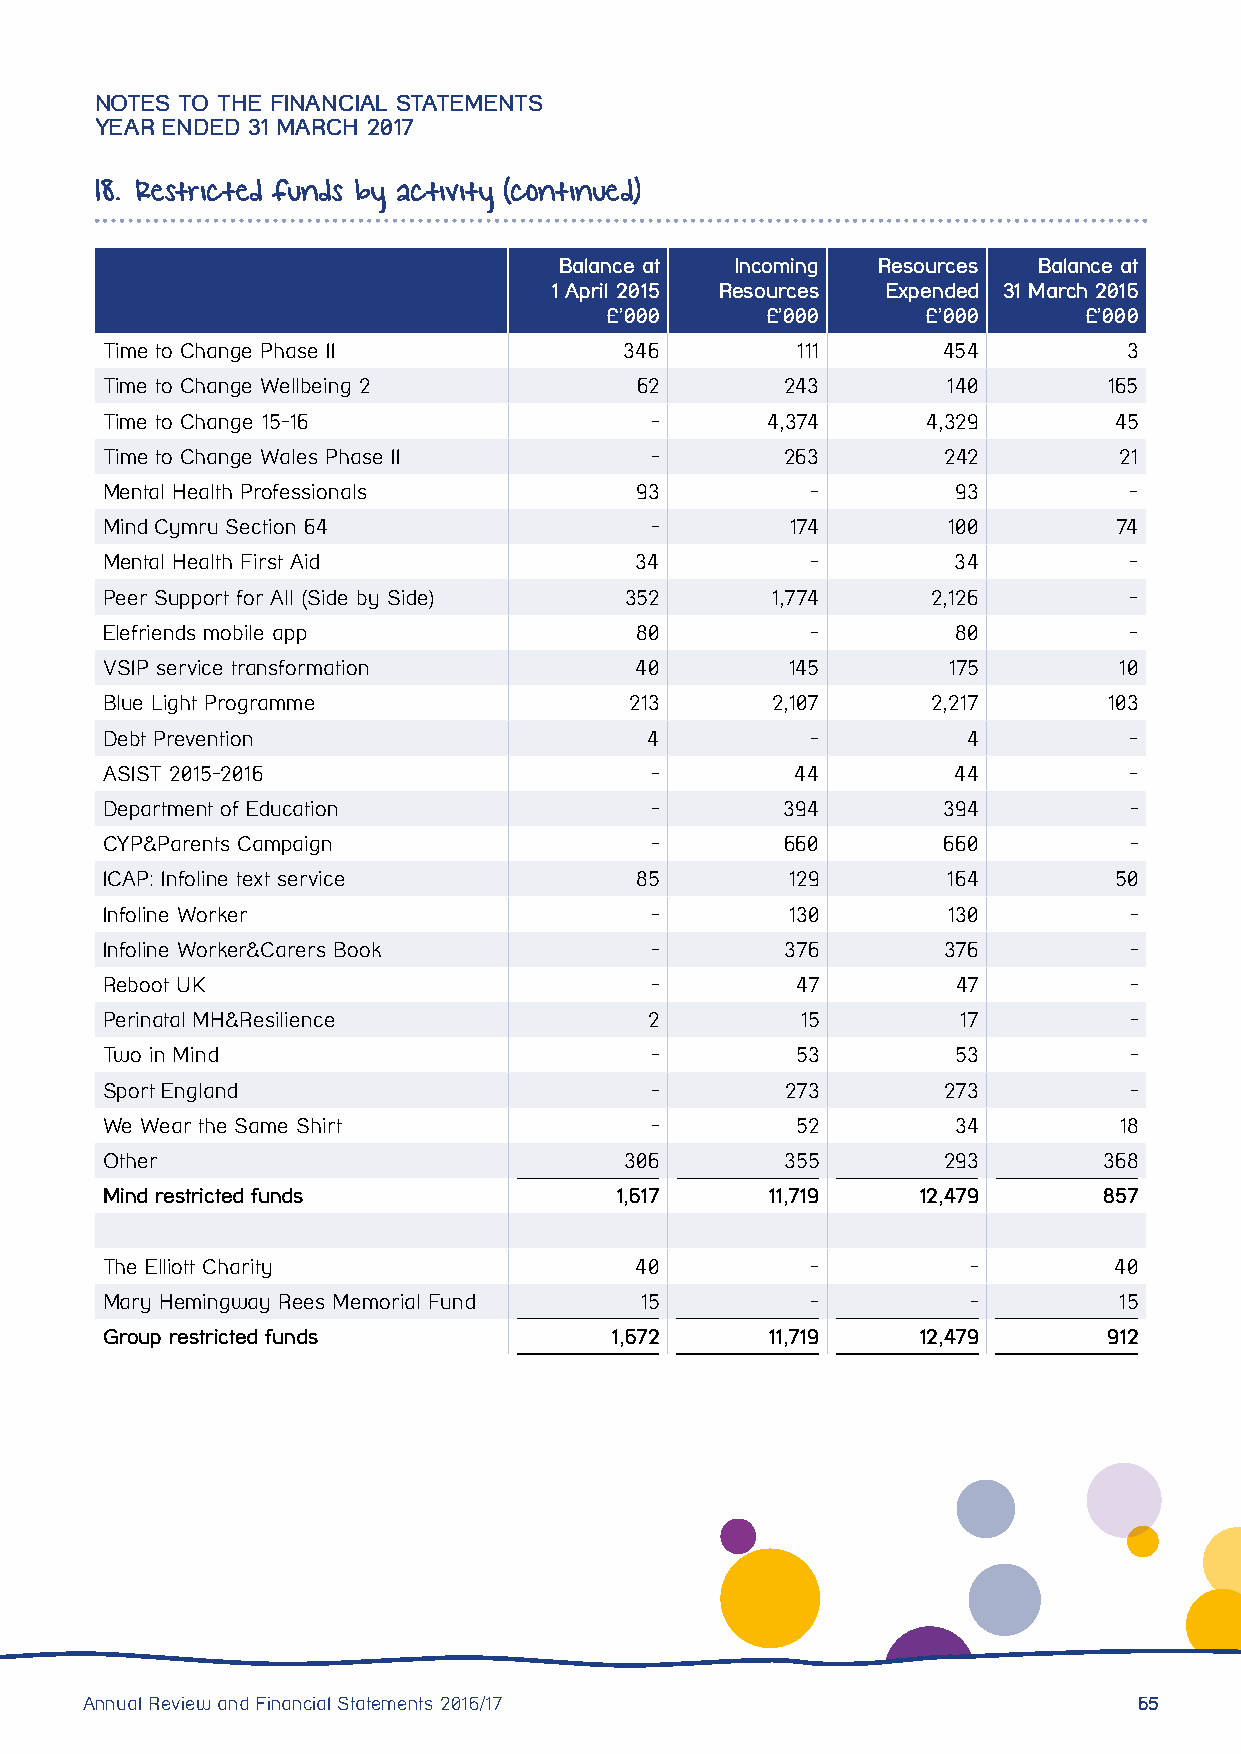
NOTES TO THE FINANCIAL STATEMENTS
 YEAR ENDED 31 MARCH 2017
 18. Restricted funds by activity (continued)
 Balance at  Incoming Resources  Balance at
 1 April 2015 Resources Expended 31 March 2016
 £’000      £’000     £’000      £’000
 Time to Change Phase II           346         111      454          3
 Time to Change Wellbeing 2         62        243        140       165
 Time to Change 15-16                -       4,374     4,329        45
 Time to Change Wales Phase II       -        263       242         21
 Mental Health Professionals        93          -        93          -
 Mind Cymru Section 64               -        174        100        74
 Mental Health First Aid            34          -        34          -
 Peer Support for All (Side by Side) 352     1,774      2,126        -
 Elefriends mobile app              80          -        80          -
 VSIP service transformation        40        145        175        10
 Blue Light Programme               213      2,107      2,217      103
 Debt Prevention                     4          -         4          -
 ASIST 2015-2016                     -         44        44          -
 Department of Education             -        394       394          -
 CYP&Parents Campaign                -        660       660          -
 ICAP: Infoline text service        85        129        164        50
 Infoline Worker                     -        130        130         -
 Infoline Worker&Carers Book         -        376       376          -
 Reboot UK                           -         47        47          -
 Perinatal MH&Resilience             2         15        17          -
 Two in Mind                         -         53        53          -
 Sport England                       -        273       273          -
 We Wear the Same Shirt              -         52        34         18
 Other                             306        355       293        368
 Mind restricted funds             1,617     11,719    12,479      857
 The Elliott Charity                40          -         -         40
 Mary Hemingway Rees Memorial Fund  15          -         -         15
 Group restricted funds           1,672      11,719    12,479      912
 Annual Review and Financial Statements 2016/17                        65